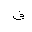
Letter: _fa